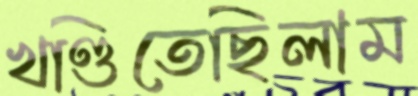
খণ্ডিতেছিলাম